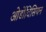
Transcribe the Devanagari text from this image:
ओर्डोविसियन